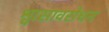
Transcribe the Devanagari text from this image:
श्वासावरोधन